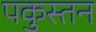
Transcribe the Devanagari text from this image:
पकुस्तन